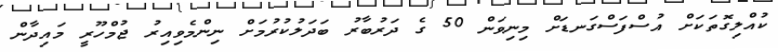
ކުއްލިގޮތަކަށް އުސްފަސްގަނޑަށް މިނިވަން 50 ގެ ދަރުބާރު ބަދަލުކުރުމަށް ނިންމެވިއިރު ޖުމްހޫރީ މައިދާން